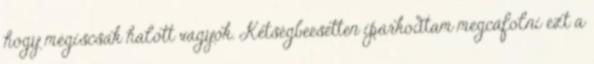
hogy mégiscsak halott vagyok. Kétségbeesetten iparkodtam megcáfolni ezt a